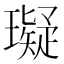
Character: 𤪦